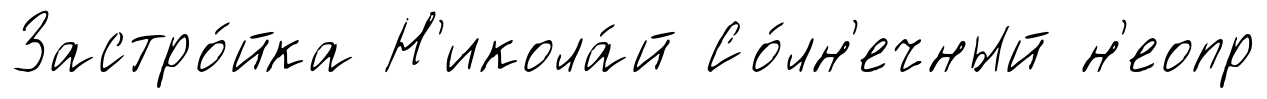
Застро́йка Н'икола́й Со́лн'ечный н'еопр